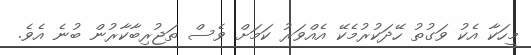
މީހަކާ އެކު ވަގުތު ހޭދަކުރުމެކޭ އެއްވަރު ކަމަށް ވެސް ތަޖުރިބާކާރުން ބުނެ އެވެ.